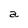
Character: a